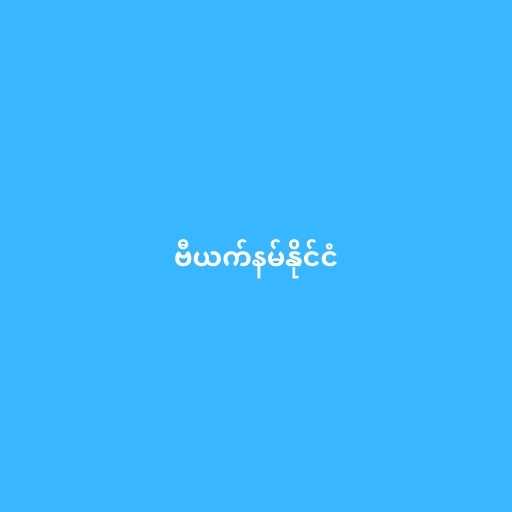
ဗီယက်နမ်နိုင်ငံ